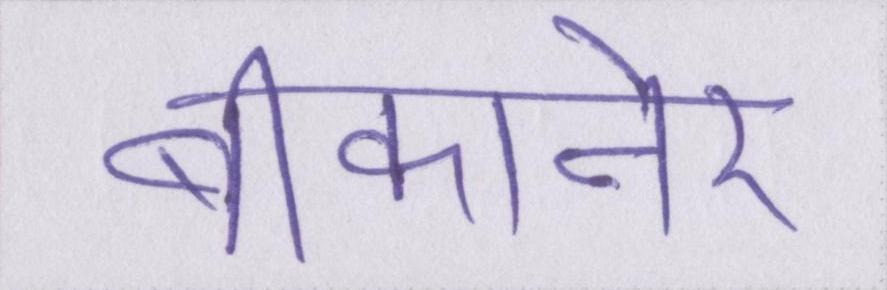
बीकानेर